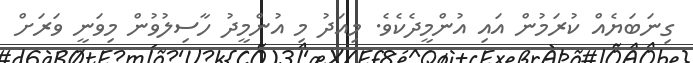
ގިނަބަޔެއް ކުރަމުން އައި އުންމީދެކެވެ. މިއަދު މި އުންމީދު ހާސިލުވުން މިވަނީ ވަރަށް